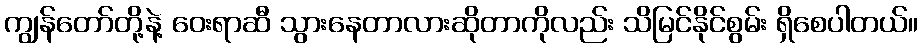
ကျွန်တော်တို့နဲ့ ဝေးရာဆီ သွားနေတာလားဆိုတာကိုလည်း သိမြင်နိုင်စွမ်း ရှိစေပါတယ်။